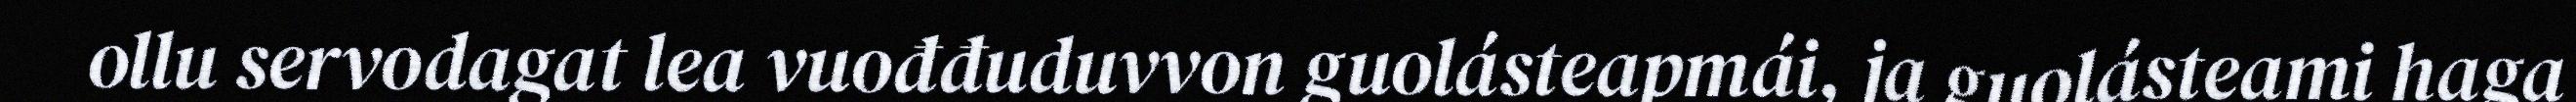
ollu servodagat lea vuođđuduvvon guolásteapmái, ja guolásteami haga